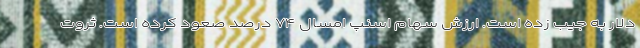
دلار به جیب زده است. ارزش سهام اسنپ امسال ۷۴ درصد صعود کرده است. ثروت